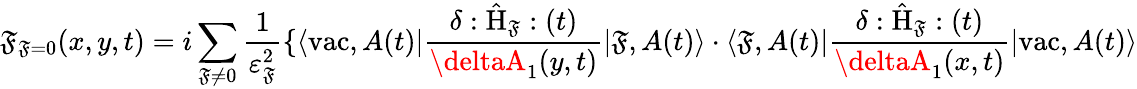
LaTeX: {\cal\mathfrak{F}}_{\mathrm{{\mathfrak{F}}}=0}(x,y,t)=i\sum_{\mathrm{{\mathfrak{F}}}\neq0}\frac{{1}}{{{\varepsilon}_{\mathrm{{\mathfrak{F}}}}^{2}}}\{ \langle\mathrm{{vac}},A(t)|\frac{{\delta:\hat{{\mathrm{{H}}}}_{\mathrm{{\mathfrak{F}}}}:(t)}}{{\deltaA_{1}(y,t)}}|\mathrm{{\mathfrak{F}}},A(t)\rangle\cdot\langle\mathrm{{\mathfrak{F}}},A(t)|\frac{{\delta:\hat{{\mathrm{{H}}}}_{\mathrm{{\mathfrak{F}}}}:(t)}}{{\deltaA_{1}(x,t)}}|\mathrm{{vac}},A(t)\rangle